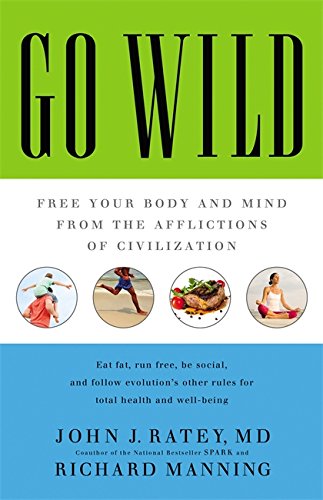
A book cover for Go Wild: Free Your Body and Mind from the Afflictions of Civilization; John J. Ratey; Medical Books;